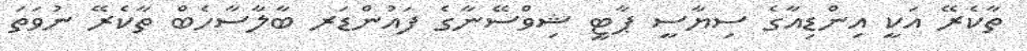
ތާކެރޭ އަކީ އިންޑިއާގެ ސިޔާސީ ޕާޓީ ޝިވްސޭނާގެ ފައުންޑަރ ބާލާސާހެބް ތާކެރޭ ނުވަތަ